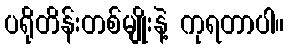
ပရိုတိန်းတစ်မျိုးနဲ့ ကုရတာပါ။